Annual report of the Punjab Veterinary College and of the Civil Veterinary Department, Punjab - 1926-1932
Year: 1926
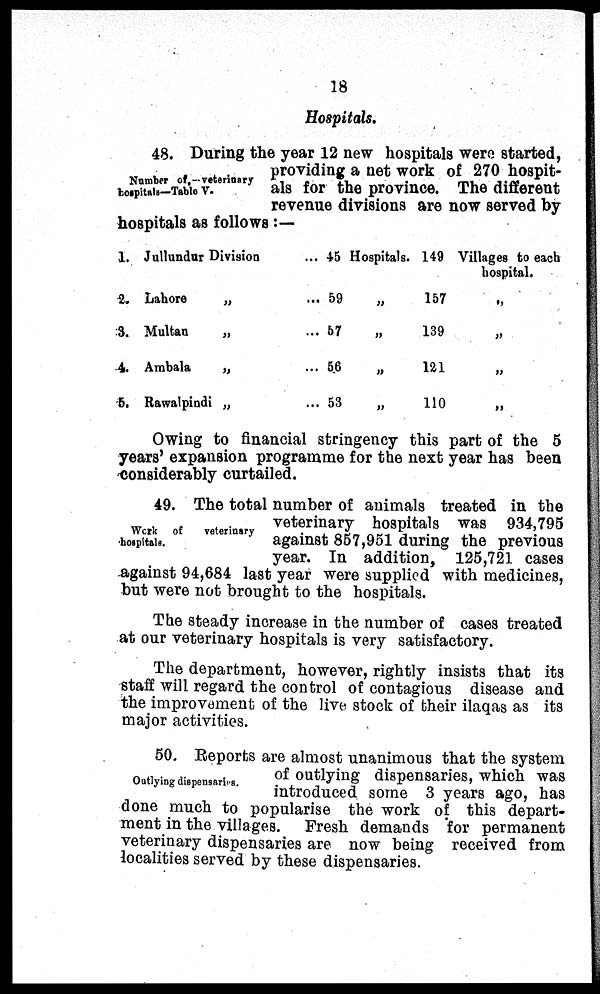
18
Hospitals.
Number of.—veterinary
hospitals—Table V.
48. During the year 12 new hospitals were started,
providing a net work of 270 hospit-
als for the province. The different
revenue divisions are now served by
hospitals as follows:—
1.
2.
3.
4.
5.
Jullundur Division ...
Lahore
„...
Multan
„ ...
Ambala
„ ...
Rawalpindi „ ...
45
59
57
56
53
Hospitals.
„
„
„
„
149
157
139
121
110
Villages to each
hospital.
„
„
„
„
Owing to financial stringency this part of the 5
years' expansion programme for the next year has been
considerably curtailed.
Work of
veterinary
hospitals.
49. The total number of animals treated in the
veterinary hospitals was 934,795
against 857,951 during the previous
year. In addition, 125,721 cases
against 94,684 last year were supplied with medicines,
but were not brought to the hospitals.
The steady increase in the number of cases treated
at our veterinary hospitals is very satisfactory.
The department, however, rightly insists that its
staff will regard the control of contagious disease and
the improvement of the live stock of their ilaqas as its
major activities.
Outlying dispensaries.
50. Reports are almost unanimous that the system
of outlying dispensaries, which was
introduced some 3 years ago, has
done much to popularise the work of this depart-
ment in the villages. Fresh demands for permanent
veterinary dispensaries are now being received from
localities served by these dispensaries.